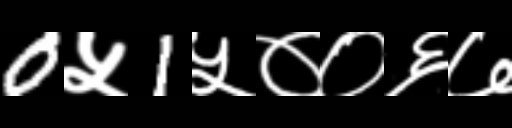
Text: 0५1५००६७